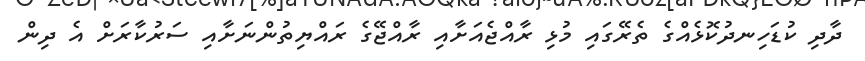
ދާދި ކުޑަހިނދުކޮޅެއްގެ ތެރޭގައި މުޅި ރާއްޖެއަށާއި ރާއްޖޭގެ ރައްޔިތުންނަށާއި ސަރުކާރަށް އެ ދިން